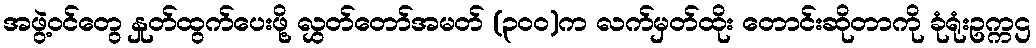
အဖွဲ့ဝင်တွေ နှုတ်ထွက်ပေးဖို့ လွှတ်တော်အမတ် (၃၀၀)က လက်မှတ်ထိုး တောင်းဆိုတာကို ခုံရုံးဥက္ကဌ